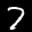
Label: 7